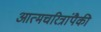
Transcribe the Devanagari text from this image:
आत्मचरित्रांपैकी